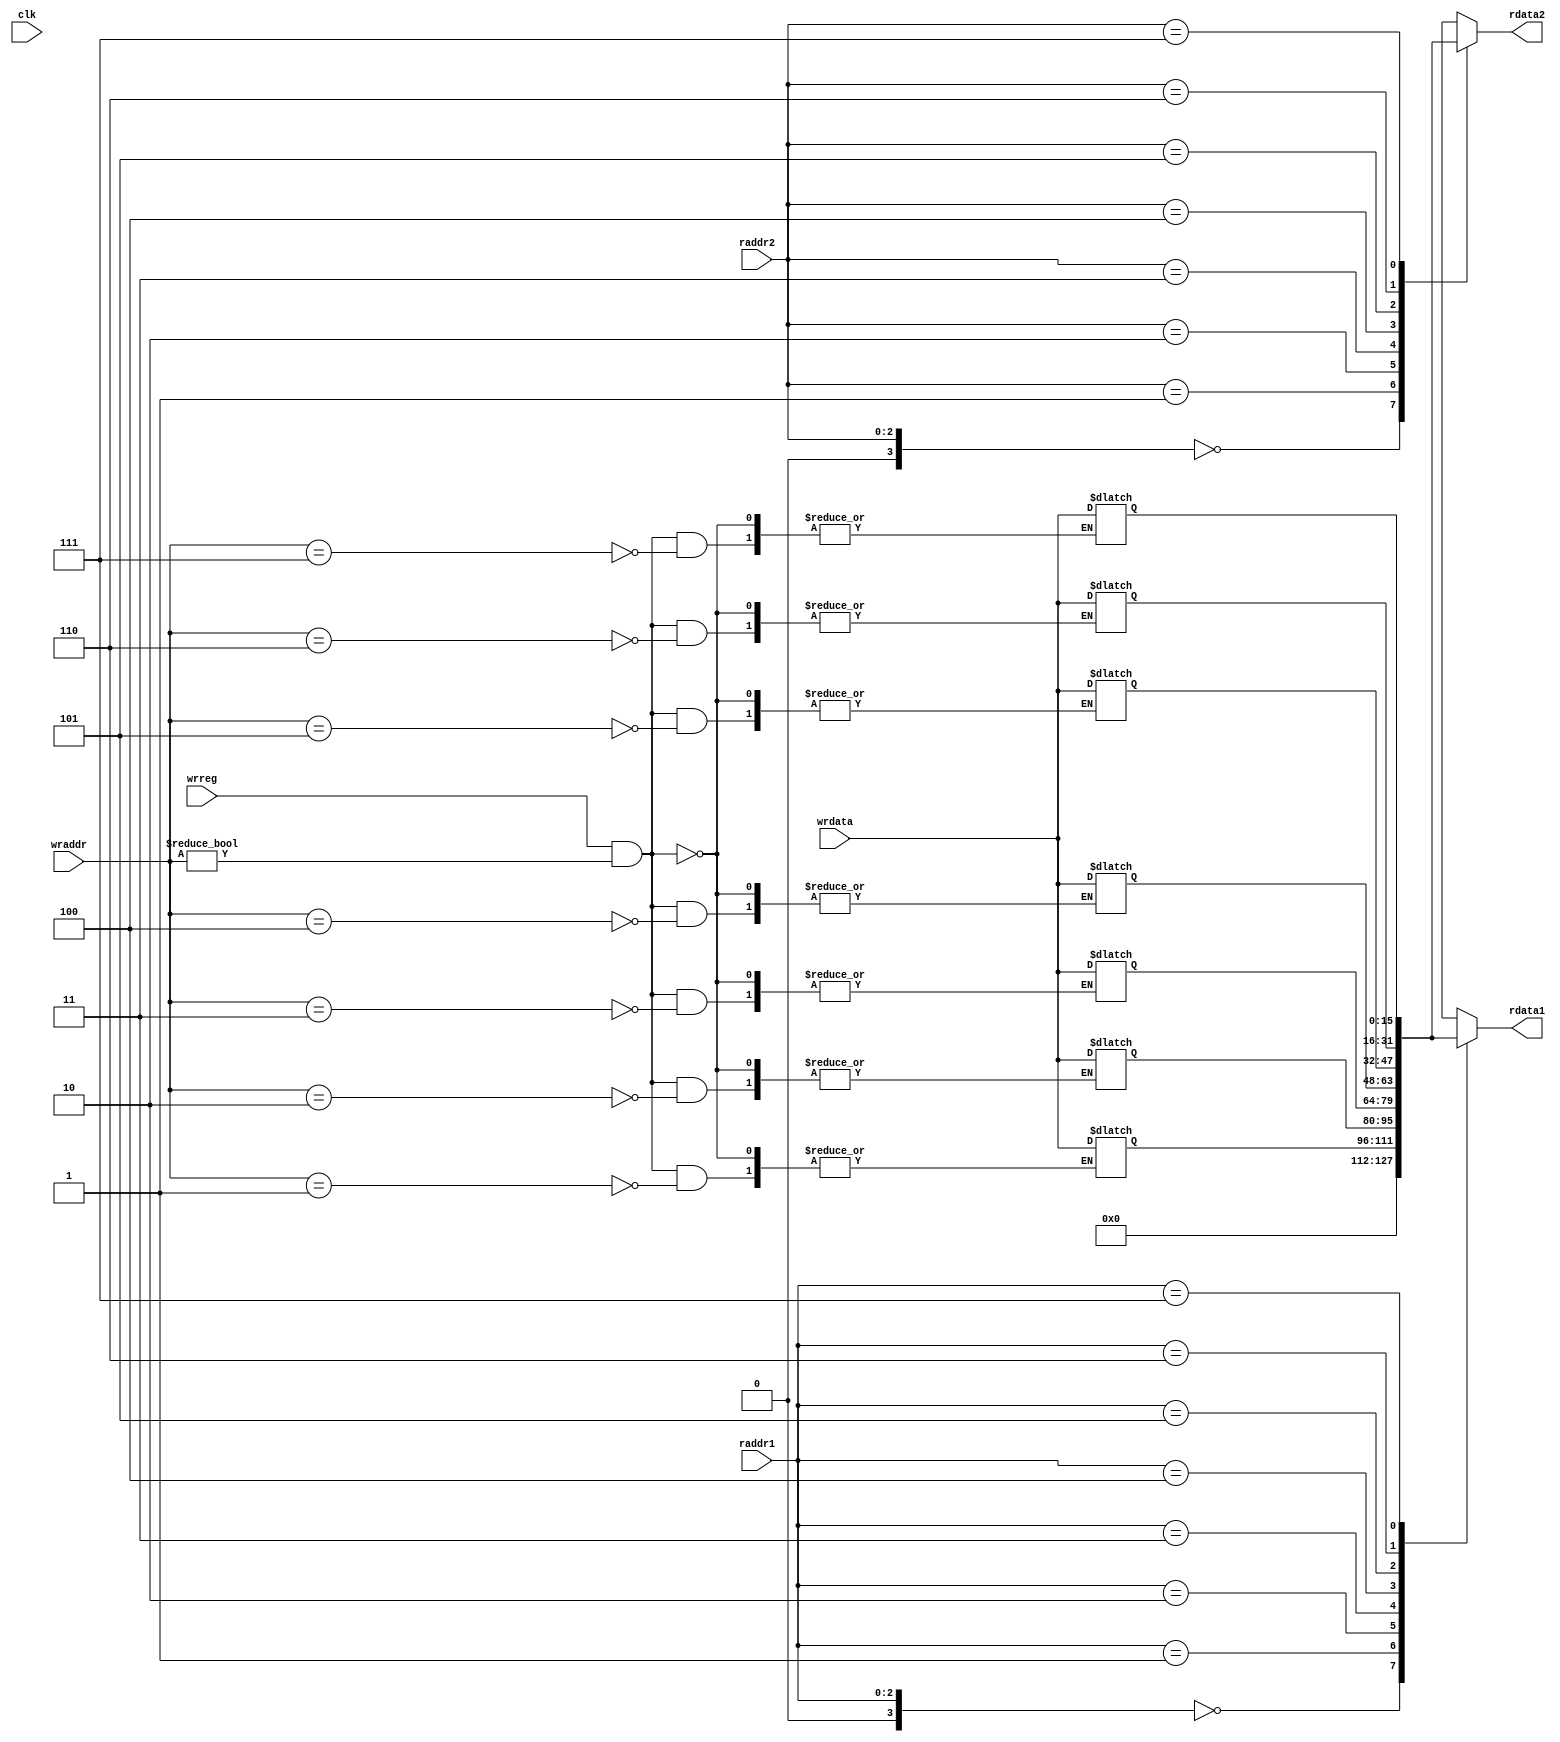
`timescale 1ns / 1ps
//////////////////////////////////////////////////////////////////////////////////
// Company: Naomi
// 
// Design Name: cpu-32-rv
// Module Name: general_register_file
// Project Name: 
// Target Devices: 
// Tool Versions: 
// Description: 
// 
// Dependencies: 
// 
// Revision:
// Revision 0.01 - File Created
// Additional Comments:
// 
//////////////////////////////////////////////////////////////////////////////////


module general_register_file #(
    parameter DATA_WIDTH=16,
    parameter NUM_REGISTERS=8,
    parameter REG_ADDR_BITS=3
)
(
    input clk,
    input wrreg,
    input [DATA_WIDTH-1:0] wrdata,
    input [REG_ADDR_BITS-1:0] wraddr,
    input [REG_ADDR_BITS-1:0] raddr1,
    input [REG_ADDR_BITS-1:0] raddr2,
    output [DATA_WIDTH-1:0] rdata1,
    output [DATA_WIDTH-1:0] rdata2
    );
    
    reg [DATA_WIDTH-1:0] regfile [DATA_WIDTH-1:0];
    
    always @(*) begin
        if(wrreg && wraddr != 0) begin
            regfile[wraddr] <= wrdata;
        end
        regfile[0] <= 0; //reg 0 always == 0
    end
    
    assign rdata1 = regfile[raddr1];
    assign rdata2 = regfile[raddr2];
    
endmodule